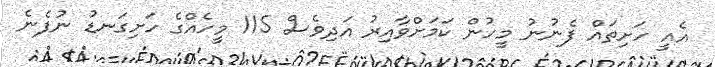
އެއީ ހަށިތައް ފެނުނު މީހުން ކަމަށްވާއިރު އަދިވެސް 115 މީހެއްގެ ހަށިގަނޑު ނުފެނެ